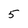
Character: 5